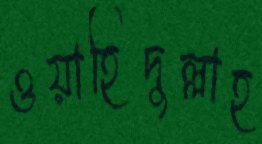
ওয়াহিদুল্লাহ